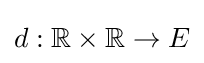
d:\mathbb {R} \times \mathbb {R} \rightarrow E